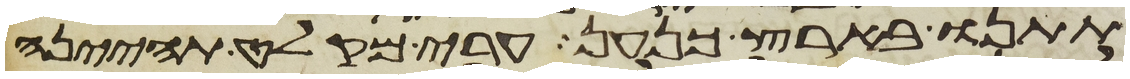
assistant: תתנו בארץ כנען ערי מקלט תהינה